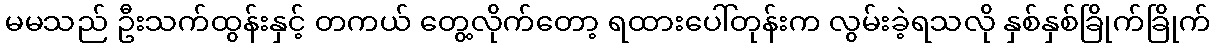
မမသည် ဦးသက်ထွန်းနှင့် တကယ် တွေ့လိုက်တော့ ရထားပေါ်တုန်းက လွမ်းခဲ့ရသလို နှစ်နှစ်ခြိုက်ခြိုက်